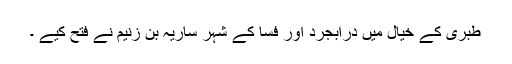
طبری کے خیال میں درابجرد اور فسا کے شہر ساریہ بن زنیم نے فتح کیے ۔